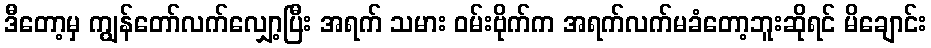
ဒီတော့မှ ကျွန်တော်လက်လျှော့ပြီး အရက် သမား ဝမ်းဗိုက်က အရက်လက်မခံတော့ဘူးဆိုရင် မိချောင်း